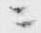
ニ